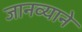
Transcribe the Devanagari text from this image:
जानव्याने